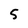
Character: 5